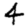
Digit: 4